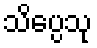
သိပ္ပေသု